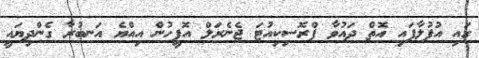
ގައި އުފުލާފައި އޮތް ދައުވާ ޕްރޮސިކިއުޓަ ޖެނެރަލް އޮފީހުން އިއްޔެ އަނބުރާ ގެންދިޔައީ